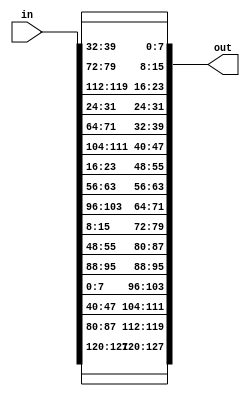
module shift_rows(
	input wire[127 : 0] in,
	output reg[127 : 0] out
	);
	
	//assume input is in the right order (consecutive 16 bytes -> 15, 14, 13, 12, 11, 10, 9, 8, 7, 6, 5, 4, 3, 2, 1, 0)
	// 4 by 4 matrix is as follows:
	/*
	before shifting
	[15 11  7  3]
	[14 10  6  2]
	[13  9  5  1]
	[12  8  4  0]
	after shifting
	
	[15 11  7  3]
	[10  6  2 14]
	[5  1  13  9]
	[0  12  8  4]
	*/		 
	always @*
		begin
			out = {in[127:120], in[87:80], in[47:40], in[7:0], in[95:88], in[55:48], in[15:8], in[103:96], in[63:56], in[23:16], in[111:104], in[71:64], in[31:24], in[119:112], in[79:72], in[39:32]};
			
		end
	/*
	// from bit 127 -> 96 (bits 15 -> 12) bit 15 is unchaged, bit 14 -> 10, bit 13 -> 5, bit 12 -> 0
	assign         out[127:120] = in[127:120];  
	assign         out[119:112] = in[87:80];
	assign         out[111:104] = in[47:40];
	assign         out[103:96] = in[7:0];
	
	// from bit 95 -> 64 (bits 11 -> 8) bit 11 is unchaged, bit 10 -> 6, bit 9 -> 1, bit 8 -> 12
	assign          out[95:88] = in[95:88];
	assign          out[87:80] = in[55:48];
	assign          out[79:72] = in[15:8];
	assign          out[71:64] = in[103:96];
	
	// from bit 56 -> 32 (bits 7 -> 4) bit 7 is unchaged, bit 6 -> 2, bit 5 -> 13, bit 4 -> 8
	assign          out[63:56] = in[63:56];
	assign          out[55:48] = in[23:16];
	assign          out[47:40] = in[111:104];
	assign          out[39:32] = in[71:64];
	
	// from bit 31 -> 0 (bits 3 -> 0) bit 3 is unchaged, bit 2 -> 14, bit 1 -> 9, bit 0 -> 4
	assign          out[31:24] = in[31:24];
	assign          out[23:16] = in[119:112];
	assign          out[15:8] = in[79:72];
	assign          out[7:0] = in[39:32]; 
	
	*/
endmodule